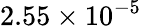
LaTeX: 2.55\times 10^{-5}